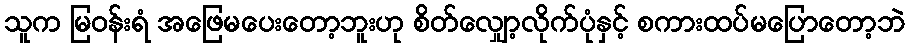
သူက မြဝန်းရံ အဖြေမပေးတော့ဘူးဟု စိတ်လျှော့လိုက်ပုံနှင့် စကားထပ်မပြောတော့ဘဲ